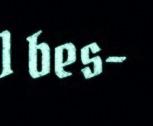
1 bes-